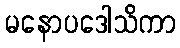
မနောပဒေါသိကာ